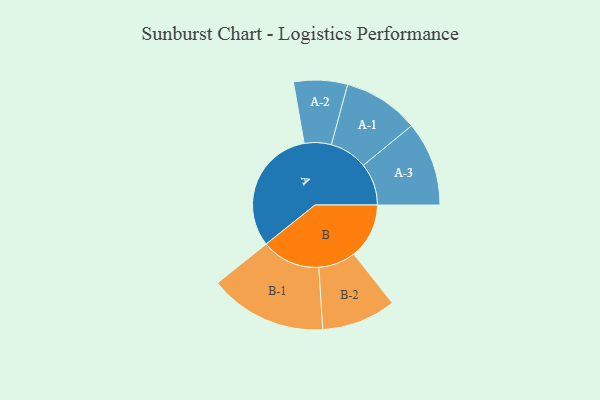
{"axis": {"x": "Segment", "y": "Value"}, "legend": ["", "A", "B"], "data": [{"x": "A", "y": 482, "type": ""}, {"x": "B", "y": 210, "type": ""}, {"x": "A-1", "y": 144, "type": "A"}, {"x": "A-2", "y": 102, "type": "A"}, {"x": "A-3", "y": 160, "type": "A"}, {"x": "B-1", "y": 223, "type": "B"}, {"x": "B-2", "y": 141, "type": "B"}]}